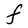
Character: F